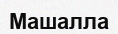
Машалла